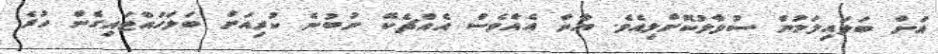
އަށް ބަލައިލަމުން ސުވާލުކޮށްލިއެވެ. ޔާނާ އެއްވެސް އެއްޗެކޭ ނުބުނެ ކުރިއަށް ބަލަހައްޓައިގެން ހުރެ